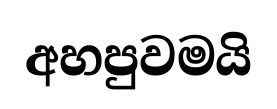
අහපුවමයි